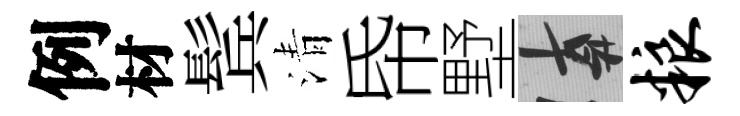
例材鬂清帋墅遲粮